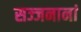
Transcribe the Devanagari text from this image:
सज्जनानां